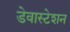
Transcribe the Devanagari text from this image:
डेवास्टेशन